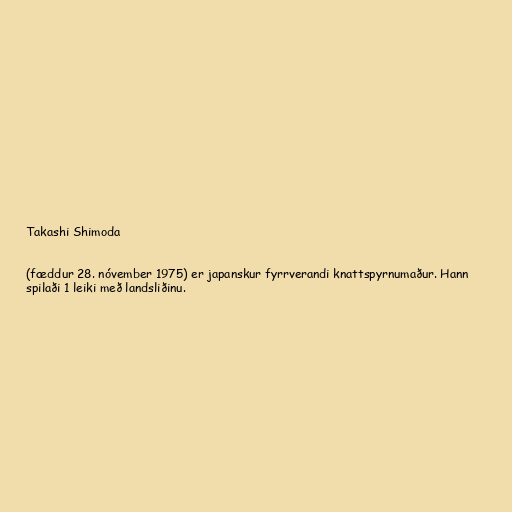
Takashi Shimoda

(fæddur 28. nóvember 1975) er japanskur fyrrverandi knattspyrnumaður. Hann
spilaði 1 leiki með landsliðinu.